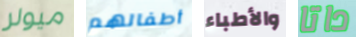
ميولر أطفالهم والأطباء داتا